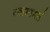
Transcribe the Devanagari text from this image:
त्वामागतं